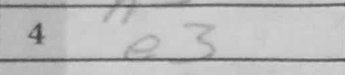
Transcription: e3